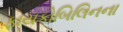
ફાયકોબિલિનના